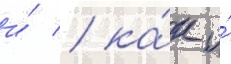
и́ / ка́к и́